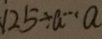
1 2 5 \div a \cdots a